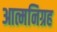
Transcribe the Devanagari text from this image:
आत्मनिग्रह